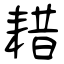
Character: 耤